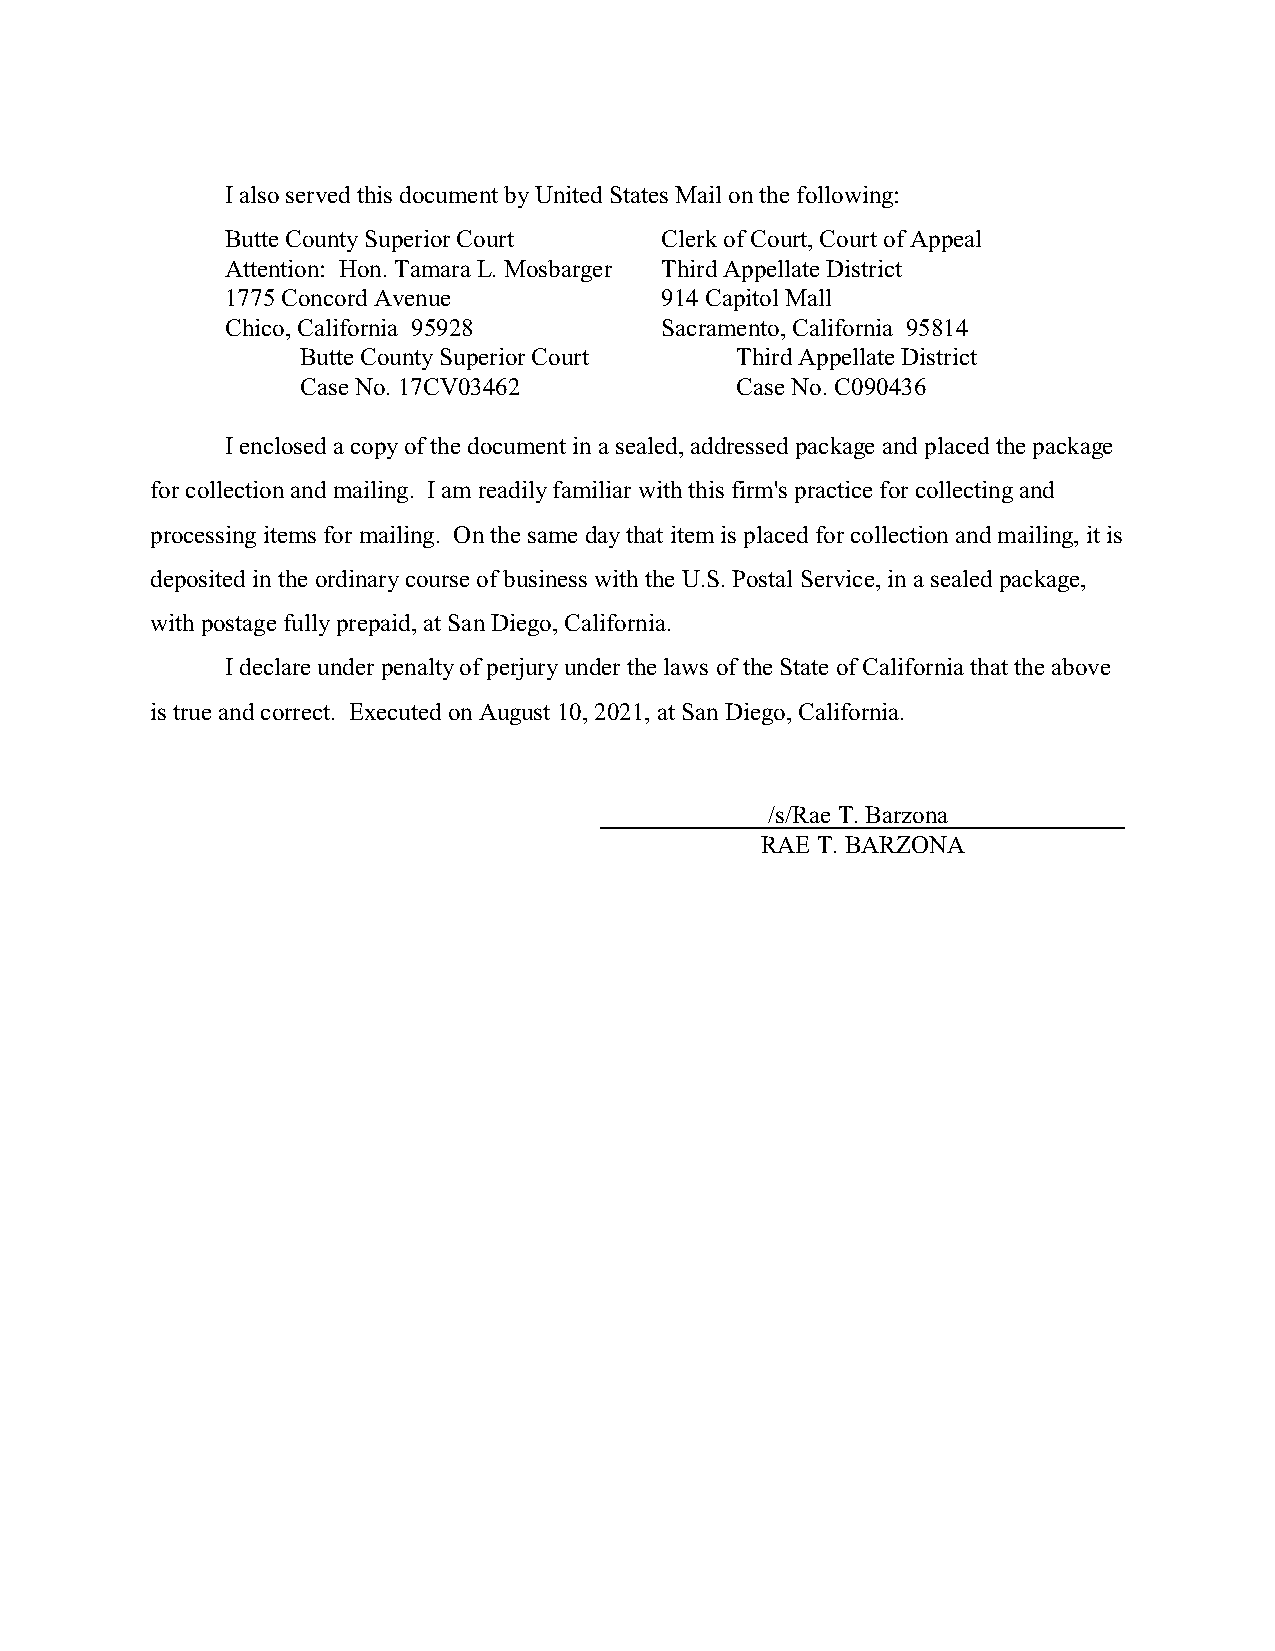
I also served this document by United States Mail on the following:
 Butte County Superior Court  Clerk of Court, Court of Appeal
 Attention: Hon. Tamara L. Mosbarger Third Appellate District
 1775 Concord Avenue          914 Capitol Mall
 Chico, California 95928      Sacramento, California 95814
 Butte County Superior Court  Third Appellate District
 Case No. 17CV03462           Case No. C090436
 I enclosed a copy of the document in a sealed, addressed package and placed the package
 for collection and mailing. I am readily familiar with this firm's practice for collecting and
 processing items for mailing. On the same day that item is placed for collection and mailing, it is
 deposited in the ordinary course of business with the U.S. Postal Service, in a sealed package,
 with postage fully prepaid, at San Diego, California.
 I declare under penalty of perjury under the laws of the State of California that the above
 is true and correct. Executed on August 10, 2021, at San Diego, California.
 /s/Rae T. Barzona
 RAE T. BARZONA